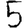
Digit: 5